Some observations on the morphology and mechanism of the parts in the orthorrapha - Number 58
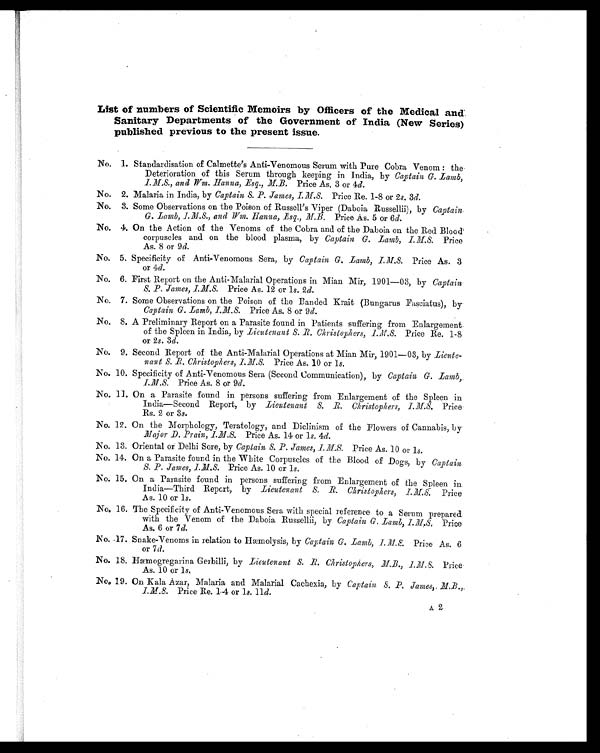
List of numbers of Scientific Memoirs by Officers of the Medical and
Sanitary Departments of the Government of India (New Series)
published previous to the present issue.
No. 1. Standardisation of Calmette's Anti-Venomous Serum with Pure Cobra Venom : the
Deterioration of this Serum through keeping in India, by Captain G. Lamb,
I.M.S., and Wm. Hanna, Esq., M.B. Price As. 3 or 4 d.
No. 2. Malaria in India, by Captain S. P. James, I.M.S. Price Re. 1-8 or 2 s. 3d.
No. 3. Some Observations on the Poison of Russell's Viper (Daboia Russellii), by Captain
G. Lamb, I.M.S., and Wm. Hanna, Esq., M.B. Price As. 5 or 6 d.
No. 4. On the Action of the Venoms of the Cobra and of the Daboia on the Red Blood
corpuscles and on the blood plasma, by Captain G. Lamb, I.M.S. Price
As. 8 or 9d.
No. 5. Specificity of Anti-Venomous Sera, by Captain G. Lamb, I.M.S. Price As. 3
or 4d.
No. 6. First Report on the Anti-Malarial Operations in Mian Mir, 1901—03, by Captain
S. P. James, I.M.S. Price As. 12 or 1s. 2d.
No. 7. Some Observations on the Poison of the Banded Krait (Bungarus Fasciatus), by
Captain G. Lamb, I.M.S. Price As. 8 or 9 d.
No. 8. A Preliminary Report on a Parasite found in Patients suffering from Enlargement
of the Spleen in India, by Lieutenant S. R Christophers, I.M.S.P r i c e R e . 1 - 8
or 2s. 3d.
No. 9. Second Report of the Anti-Malarial Operations at Mian Mir, 1901—03, by Lieute-
nant S.R Christophers, I.M.S. Price As. 10 or 1s.
No. 10. Specificity of Anti-Venomous Sera (Second Communication), by Captain G. Lamb,
I.M.S. Price As. 8 or 9d.
No. 11. On a Parasite found in persons suffering from Enlargement of the Spleen in
India—Second Report, by Lieutenant S. R. Christophers, I.M.S. Price
Rs. 2 or 3s.
No. 12. On the Morphology, Teratology, and Diclinism of the Flowers of Cannabis, by
Major D. Prain, I.M.S. Price As. 14 or 1s. 4d.
No. 13. Oriental or Delhi Sore, by Captain S. P. James, I.M.S. Price As. 10 or 1 s.
No. 14. On a Parasite found in the White Corpuscles of the Blood of Dogs, by Captain
S. P. James, I.M.S. Price As. 10 or 1s.
No. 15. On a Parasite found in persons suffering from Enlargement of the Spleen in
India—Third Report, by Lieutenant S. R. Christophers, I.M.S.P r i c e
As. 10 or 1s.
No. 16. The Specificity of Anti-Venomous Sera with special reference to a Serum prepared
with the Venom of the Daboia Russellii, by Captain G. Lamb, I.M.S.P r i c e
As. 6 or 7 d.
No. 17. Snake-Venoms in relation to Hæmolysis, by Captain G. Lamb, I.M.S. Price As. 6
or 7 d.
No. 18. Hæmogregarina Gerbilli, by Lieutenant S. R. Christophers, M.B., I.M.S. Price
As. 10 or 1s.
No. 19. On Kala Azar, Malaria and Malarial Cachexia, by Captain S. P. James,. M.B.,
I.M.S. Price Re. 14 or 1s. 11 d.
A 2